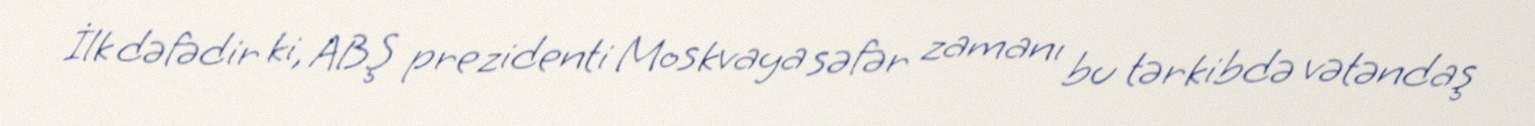
İlk dəfədir ki, ABŞ prezidenti Moskvaya səfər zamanı bu tərkibdə vətəndaş